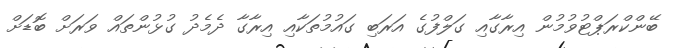
ބޭންކްރަޕްޓުވުމުން އިރާގާއި ގަލްފުގެ އަރަބި ގައުމުތަކާއި އިރާގާ ދެމެދު ގުޅުންތައް ވަރަށް ބޮޑަށް